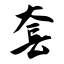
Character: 套